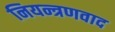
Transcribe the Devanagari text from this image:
नियन्त्रणवाद